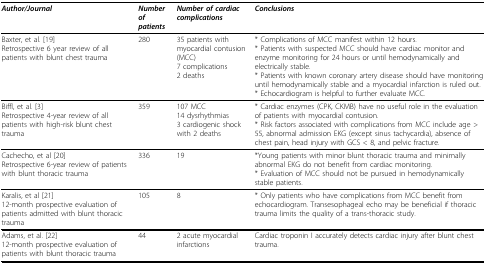
<table><thead><tr><td><b><i>Author/Journal</i></b></td><td><b><i>Number of patients</i></b></td><td><b><i>Number of cardiac complications</i></b></td><td><b><i>Conclusions</i></b></td></tr></thead><tbody><tr><td>Baxter, et al. [19]Retrospective 6 year review of all patients with blunt chest trauma</td><td>280</td><td>35 patients with myocardial contusion (MCC)7 complications2 deaths</td><td>* Complications of MCC manifest within 12 hours.* Patients with suspected MCC should have cardiac monitor and enzyme monitoring for 24 hours or until hemodynamically and electrically stable.* Patients with known coronary artery disease should have monitoring until hemodynamically stable and a myocardial infarction is ruled out.* Echocardiogram is helpful to further evaluate MCC.</td></tr><tr><td>Biffl, et al. [3]Retrospective 4-year review of all patients with high-risk blunt chest trauma</td><td>359</td><td>107 MCC14 dysrhythmias3 cardiogenic shockwith 2 deaths</td><td>* Cardiac enzymes (CPK, CKMB) have no useful role in the evaluation of patients with myocardial contusion.* Risk factors associated with complications from MCC include age &gt; 55, abnormal admission EKG (except sinus tachycardia), absence of chest pain, head injury with GCS &lt; 8, and pelvic fracture.</td></tr><tr><td>Cachecho, et al [20]Retrospective 6-year review of patients with blunt thoracic trauma</td><td>336</td><td>19</td><td>*Young patients with minor blunt thoracic trauma and minimally abnormal EKG do not benefit from cardiac monitoring.* Evaluation of MCC should not be pursued in hemodynamically stable patients.</td></tr><tr><td>Karalis, et al [21]12-month prospective evaluation of patients admitted with blunt thoracic trauma</td><td>105</td><td>8</td><td>* Only patients who have complications from MCC benefit from echocardiogram. Transesophageal echo may be beneficial if thoracic trauma limits the quality of a trans-thoracic study.</td></tr><tr><td>Adams, et al. [22]12-month prospective evaluation of patients with blunt thoracic trauma</td><td>44</td><td>2 acute myocardial infarctions</td><td>Cardiac troponin I accurately detects cardiac injury after blunt chest trauma.</td></tr></tbody></table>